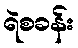
ရဲစခန်း